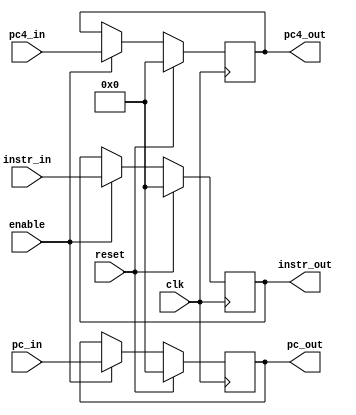
module IF_ID( 
    input clk,reset,enable,
	input wire [31:0] instr_in,
    input wire [31:0] pc_in,
    input wire [31:0] pc4_in,
	output reg [31:0] instr_out,
    output reg [31:0] pc_out,
    output reg [31:0] pc4_out
   );

    always @(posedge clk) begin
		if (reset) begin
			instr_out <= 0;
			pc4_out <= 0;
			pc_out <= 0;
		end
		else if (enable) begin
			pc_out <= pc_in;
			pc4_out <= pc4_in;
			instr_out <= instr_in;
		end
    end

endmodule